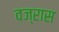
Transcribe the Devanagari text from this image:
वज्रास